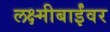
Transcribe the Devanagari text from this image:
लक्ष्मीबाईंवर